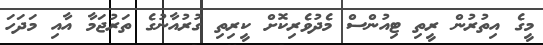
މީގެ އިތުރުން ރީތި ޓިއުންސް މެދުވެރިކޮށް ކީރިތި ގުރުއާނުގެ ތަރުޖަމާ އާއި މަދަހަ